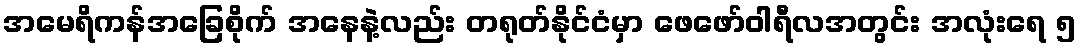
အမေရိကန်အခြေစိုက် အနေနဲ့လည်း တရုတ်နိုင်ငံမှာ ဖေဖော်ဝါရီလအတွင်း အလုံးရေ ၅